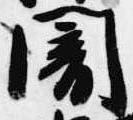
闇